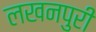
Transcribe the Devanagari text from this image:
लखनपुरी